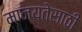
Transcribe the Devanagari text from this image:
मान्यतेसाठी